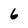
Character: 6